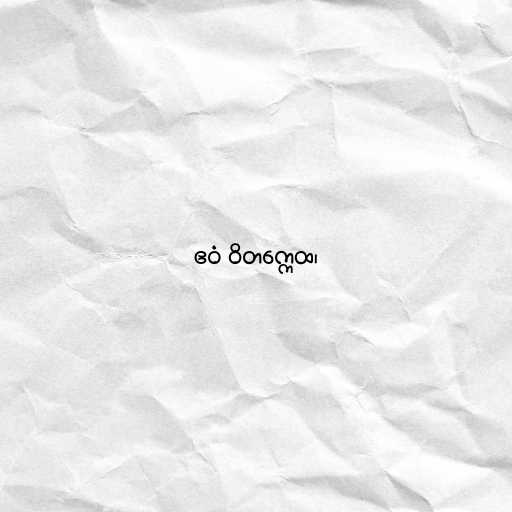
ဧဝံ ဝိတက္ကေထ၊